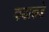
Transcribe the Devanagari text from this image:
कडाकडे